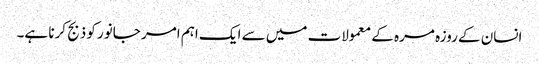
انسان کے روزہ مرہ کے معمولات میں سے ایک اہم امر جانور کو ذبج کرنا ہے۔